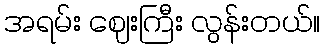
အရမ်း ဈေးကြီး လွန်းတယ်။